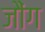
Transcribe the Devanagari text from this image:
जौंग